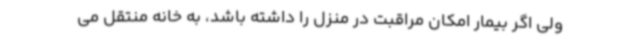
ولی اگر بیمار امکان مراقبت در منزل را داشته باشد، به خانه منتقل می